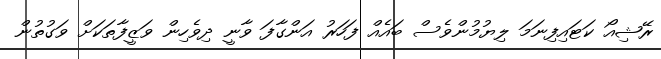
ރޭޝިއޯ ކަޓައިފިނަމަ ލިޔުމުންވެސް ބައެއް ފަހަރު އަންގާފަ ވާނީ ދިވެހިން ވަޒީފާތަކަށް ވަގުތުން